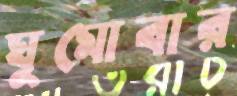
ঘুমোবার